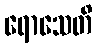
ရောသေတိ